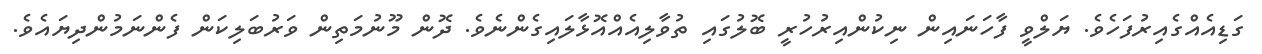
ގަޑިއެއްގެއިރުފަހެވެ. ޔަލްވީ ފާހަނައިން ނިކުންއިރުހުރީ ބޮލުގައި ތުވާލިއެއްއޮޅާލައިގެންނެވެ. ދޮން މޫނުމަތިން ވަރުބަލިކަން ފެންނަމުންދިޔައެވެ.